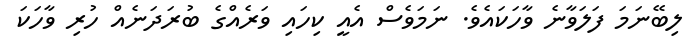
ލިބޭނަމަ ފަލަވާނެ ވާހަކައެވެ. ނަމަވެސް އެއީ ކިހައި ވަރެއްގެ ބުރަދަނެއް ހުރި ވާހަކަ